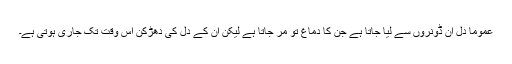
عموماً دل ان ڈونروں سے لیا جاتا ہے جن کا دماغ تو مر جاتا ہے لیکن ان کے دل کی دھڑکن اس وقت تک جاری ہوتی ہے۔